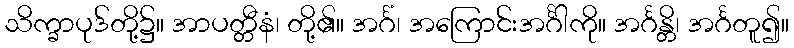
သိက္ခာပုဒ်တို့၌။ အာပတ္တီနံ၊ တို့၏။ အင်္ဂံ၊ အကြောင်းအင်္ဂါကို။ အင်္ဂန္တိ၊ အင်္ဂတူ၍။